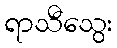
ရာသီသွေး